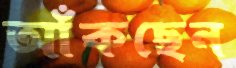
আঁকছেন